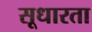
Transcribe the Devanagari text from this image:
सूधारता